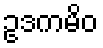
ဥဒကမိဝ